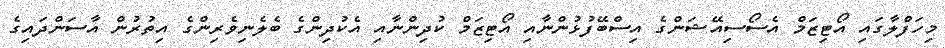
މިހަފްލާގައި އޯޓިޒަމް އެސޯސިއޭޝަންގެ އިސްބޭފުޅުންނާއި އޯޓިޒަމް ކުދިންނާއި އެކުދިންގެ ބެލެނިވެރިންގެ އިތުރުން އާސަންދައިގެ